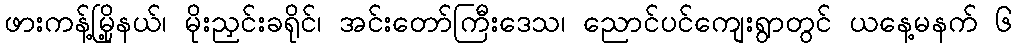
ဖားကန့်မြို့နယ်၊ မိုးညှင်းခရိုင်၊ အင်းတော်ကြီးဒေသ၊ ညောင်ပင်ကျေးရွာတွင် ယနေ့မနက် ၆